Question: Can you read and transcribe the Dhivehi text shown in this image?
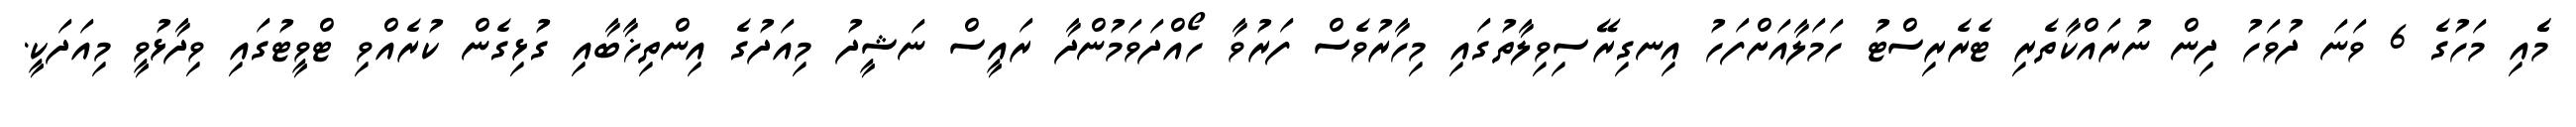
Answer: މެެއި މަހުގެ 6 ވަނަ ދުވަހު ދިން ނުރައްކާތެރި ޓެރެރިސްޓު ހަމަލާއަށްފަހު އިނގިރޭސިވިލާތުގައި މިހާރުވެސް ފަރުވާ ހޯއްދަވަމުންދާ ރައީސް ނަޝީދު މިއަދުގެ އިންތިޚާބާއި ގުޅިގެން ކުރެއްވި ޓްވީޓުގައި ވިދާޅުވީ މިއަދަކީ.